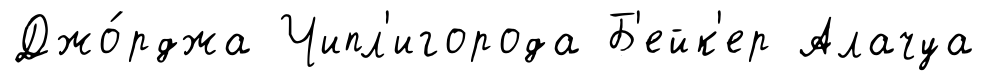
Джо́рджа Чипл'игорода Б'ейк'ер Алачуа